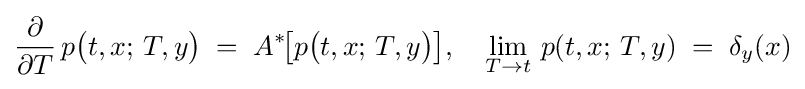
{\frac {\partial }{\partial T}}\,p{\bigl (}t,x;\,T,y{\bigr )}\;=\;A^{*}\!{\bigl [}p{\bigl (}t,x;\,T,y{\bigr )}{\bigr ]},\quad \lim _{T\to t}\,p(t,x;\,T,y)\;=\;\delta _{y}(x)